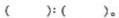
( ):( )。